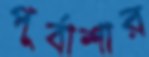
পূর্বাশার